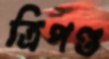
ত্রিপণ্ড